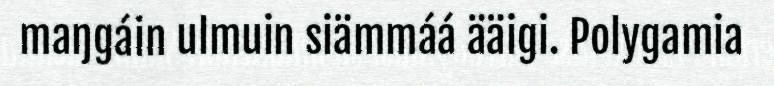
maŋgáin ulmuin siämmáá ääigi. Polygamia